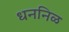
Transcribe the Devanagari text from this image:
धननिळ